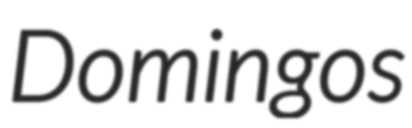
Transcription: Domingos